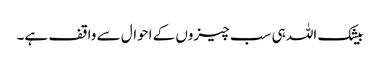
بیشک اللہ ہی سب چیزوں کے احوال سے واقف ہے۔